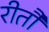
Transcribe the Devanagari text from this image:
रीतौ